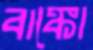
বাঙ্কো